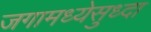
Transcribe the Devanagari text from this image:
जगामध्येसुध्दा